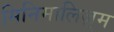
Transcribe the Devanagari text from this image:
मिनिमालिज़्म